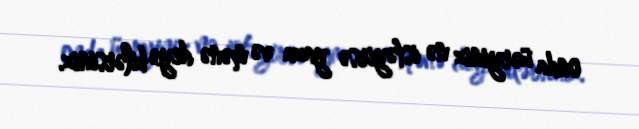
onda üəryiniz nə istəyirsə yaza və mənə deyə bilərsiniz.